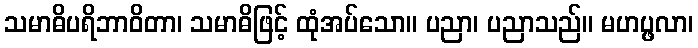
သမာဓိပရိဘာဝိတာ၊ သမာဓိဖြင့် ထုံအပ်သော။ ပညာ၊ ပညာသည်။ မဟပ္ဖလာ၊